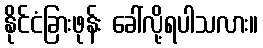
နိုင်ငံခြားဖုန်း ခေါ်လို့ရပါသလား။